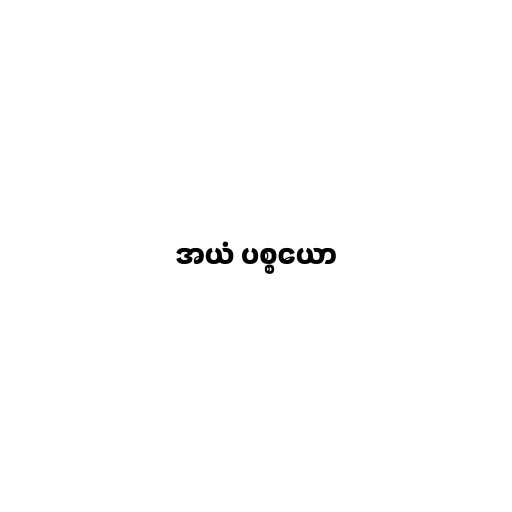
အယံ ပစ္စယော